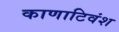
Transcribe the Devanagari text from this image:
काणाटिवंश